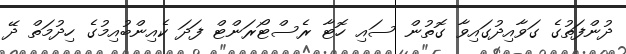
ދުންފަތުގެ ގަވާއިދުގައިވާ ގޮތުން ސައި ހޮޓާ ރެސްޓޯރަންޓް ފަދަ ކެއިންބުއިމުގެ ހިދުމަތް ދޭ